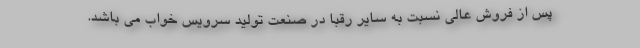
پس از فروش عالی نسبت به سایر رقبا در صنعت تولید سرویس خواب می باشد.